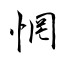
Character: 惘